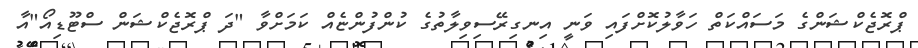
ޕްރޮޖެކްޝަންގެ މަސައްކަތް ހަވާލުކޮށްފައި ވަނީ އިނގިރޭސިވިލާތުގެ ކުންފުންޏެއް ކަމަށްވާ "ދަ ޕްރޮޖެކްޝަން ސްޓޫޑިއޯ"އާ